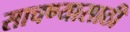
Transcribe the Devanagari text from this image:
साचण्यासाठी